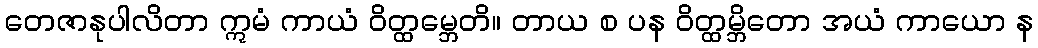
တေဇာနုပါလိတာ ဣမံ ကာယံ ဝိတ္ထမ္ဘေတိ။ တာယ စ ပန ဝိတ္ထမ္ဘိတော အယံ ကာယော န